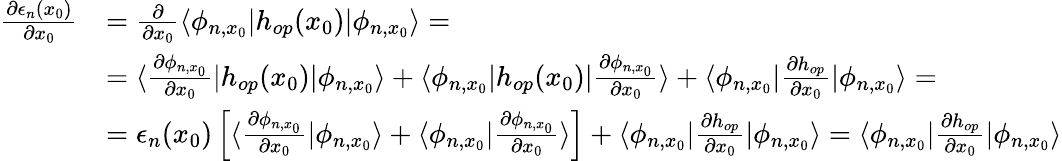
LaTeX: \begin{array}{rl}{\frac{\partial\epsilon_{n}(x_{0})}{\partial x_{0}}}&{=\frac{\partial}{\partial x_{0}}\langle\phi_{n,x_{0}}|h_{op}(x_{0})|\phi_{n,x_{0}}\rangle=}\\ &{=\langle\frac{\partial\phi_{n,x_{0}}}{\partial x_{0}}|h_{op}(x_{0})|\phi_{n,x_{0}}\rangle+\langle\phi_{n,x_{0}}|h_{op}(x_{0})|\frac{\partial\phi_{n,x_{0}}}{\partial x_{0}}\rangle+\langle\phi_{n,x_{0}}|\frac{\partial h_{op}}{\partial x_{0}}|\phi_{n,x_{0}}\rangle=}\\ &{=\epsilon_{n}(x_{0})\left[\langle\frac{\partial\phi_{n,x_{0}}}{\partial x_{0}}|\phi_{n,x_{0}}\rangle+\langle\phi_{n,x_{0}}|\frac{\partial\phi_{n,x_{0}}}{\partial x_{0}}\rangle\right]+\langle\phi_{n,x_{0}}|\frac{\partial h_{op}}{\partial x_{0}}|\phi_{n,x_{0}}\rangle=\langle\phi_{n,x_{0}}|\frac{\partial h_{op}}{\partial x_{0}}|\phi_{n,x_{0}}\rangle}\end{array}